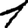
Digit: 1